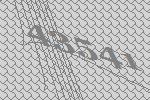
43541